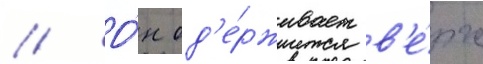
// О́н од'е́рживает в'е́рх